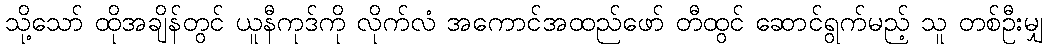
သို့သော် ထိုအချိန်တွင် ယူနီကုဒ်ကို လိုက်လံ အကောင်အထည်ဖော် တီထွင် ဆောင်ရွက်မည့် သူ တစ်ဦးမျှ